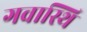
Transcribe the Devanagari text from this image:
गवास्थि